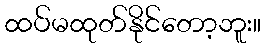
ထပ်မထုတ်နိုင်တော့ဘူး။